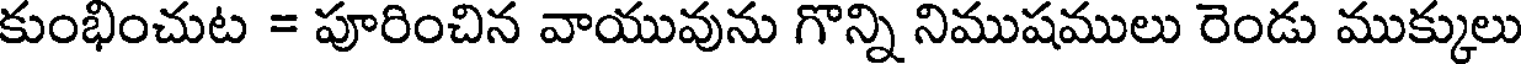
కుంభించుట = పూరించిన వాయువును గొన్ని నిముషములు రెండు ముక్కులు